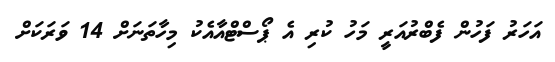
އަހަރު ފަހުން ފެބްރުއަރީ މަހު ކުރި އެ ޕޯސްޓްއާއެކު މިހާތަނަށް 14 ވަރަކަށް